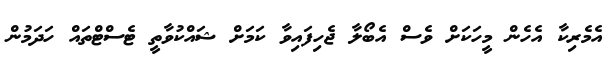
އެމެރިކާ އެހެން މީހަކަށް ވެސް އެބޯލާ ޖެހިފައިވާ ކަމަށް ޝައްކުވާތީ ޓެސްޓްތައް ހަދަމުން